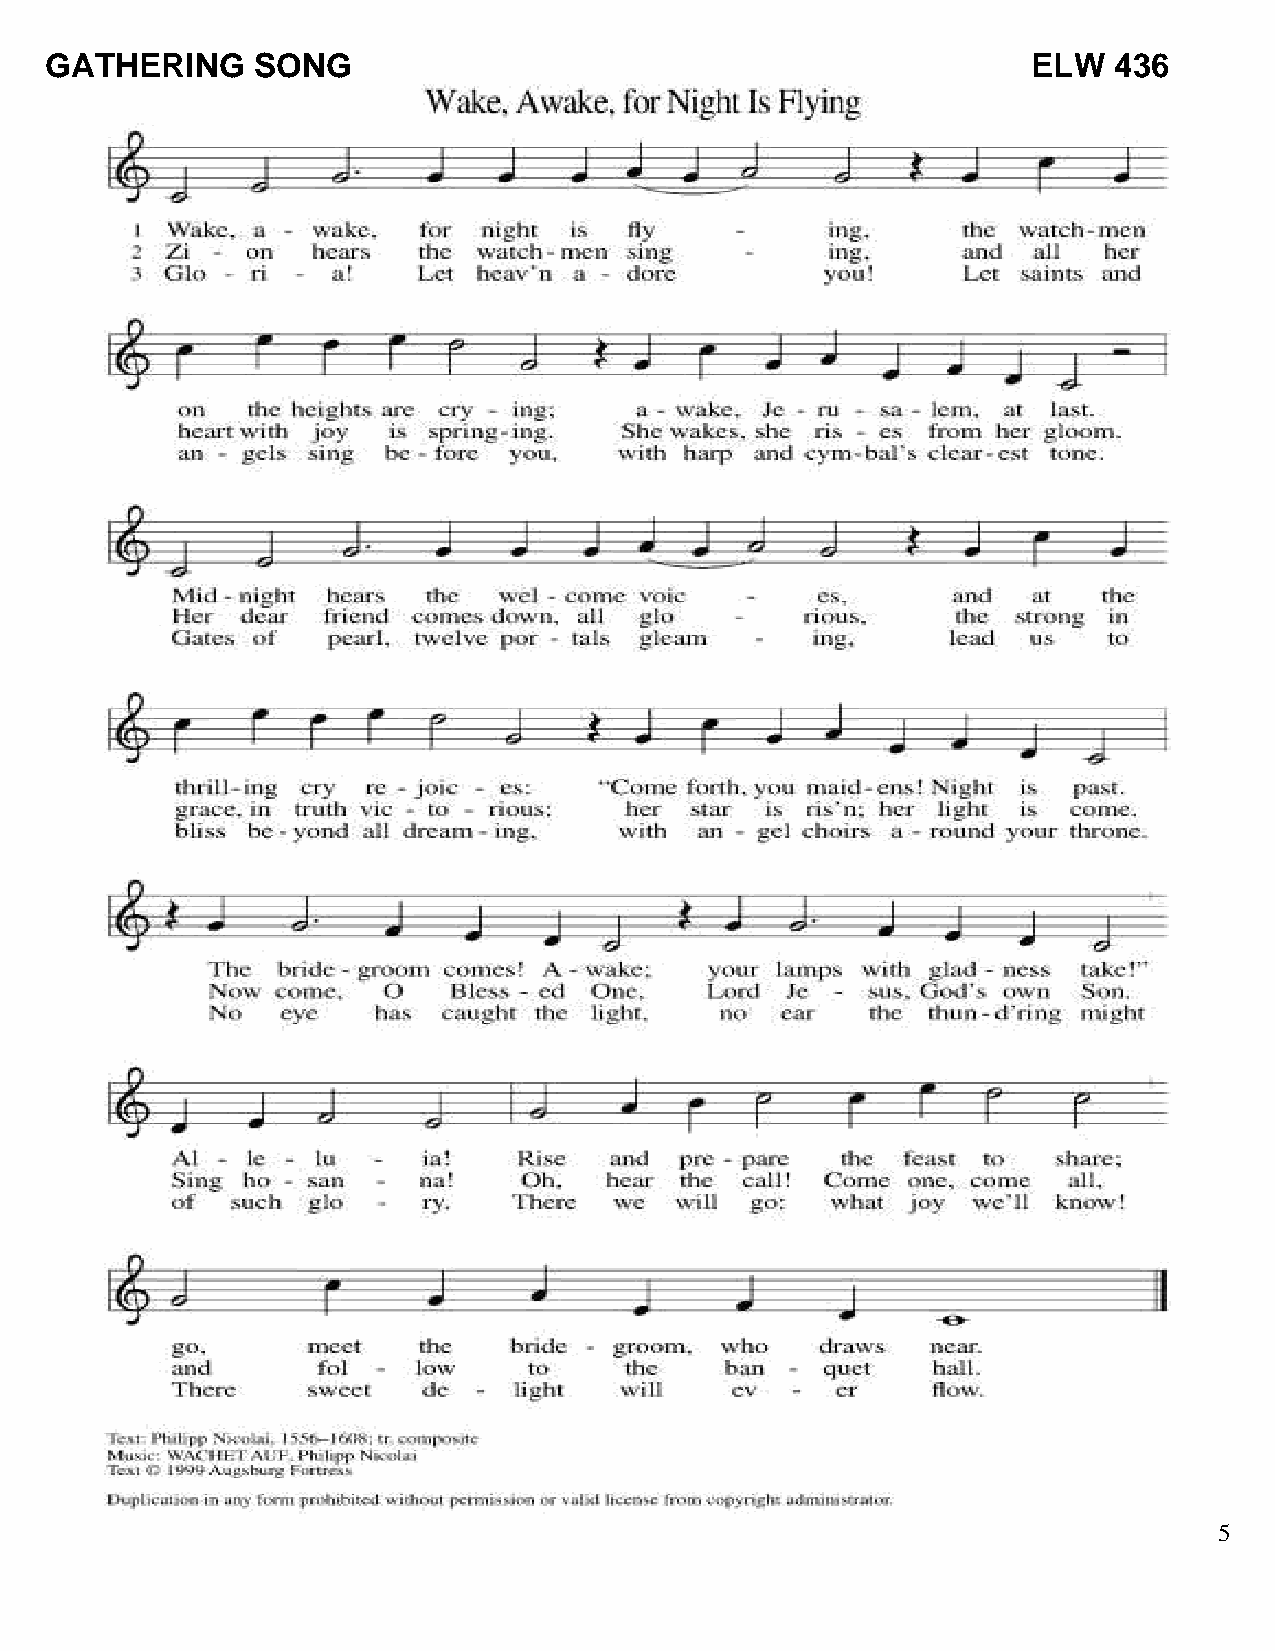
GATHERING     SONG                                               ELW   436
 5